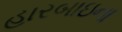
હારબાઇના